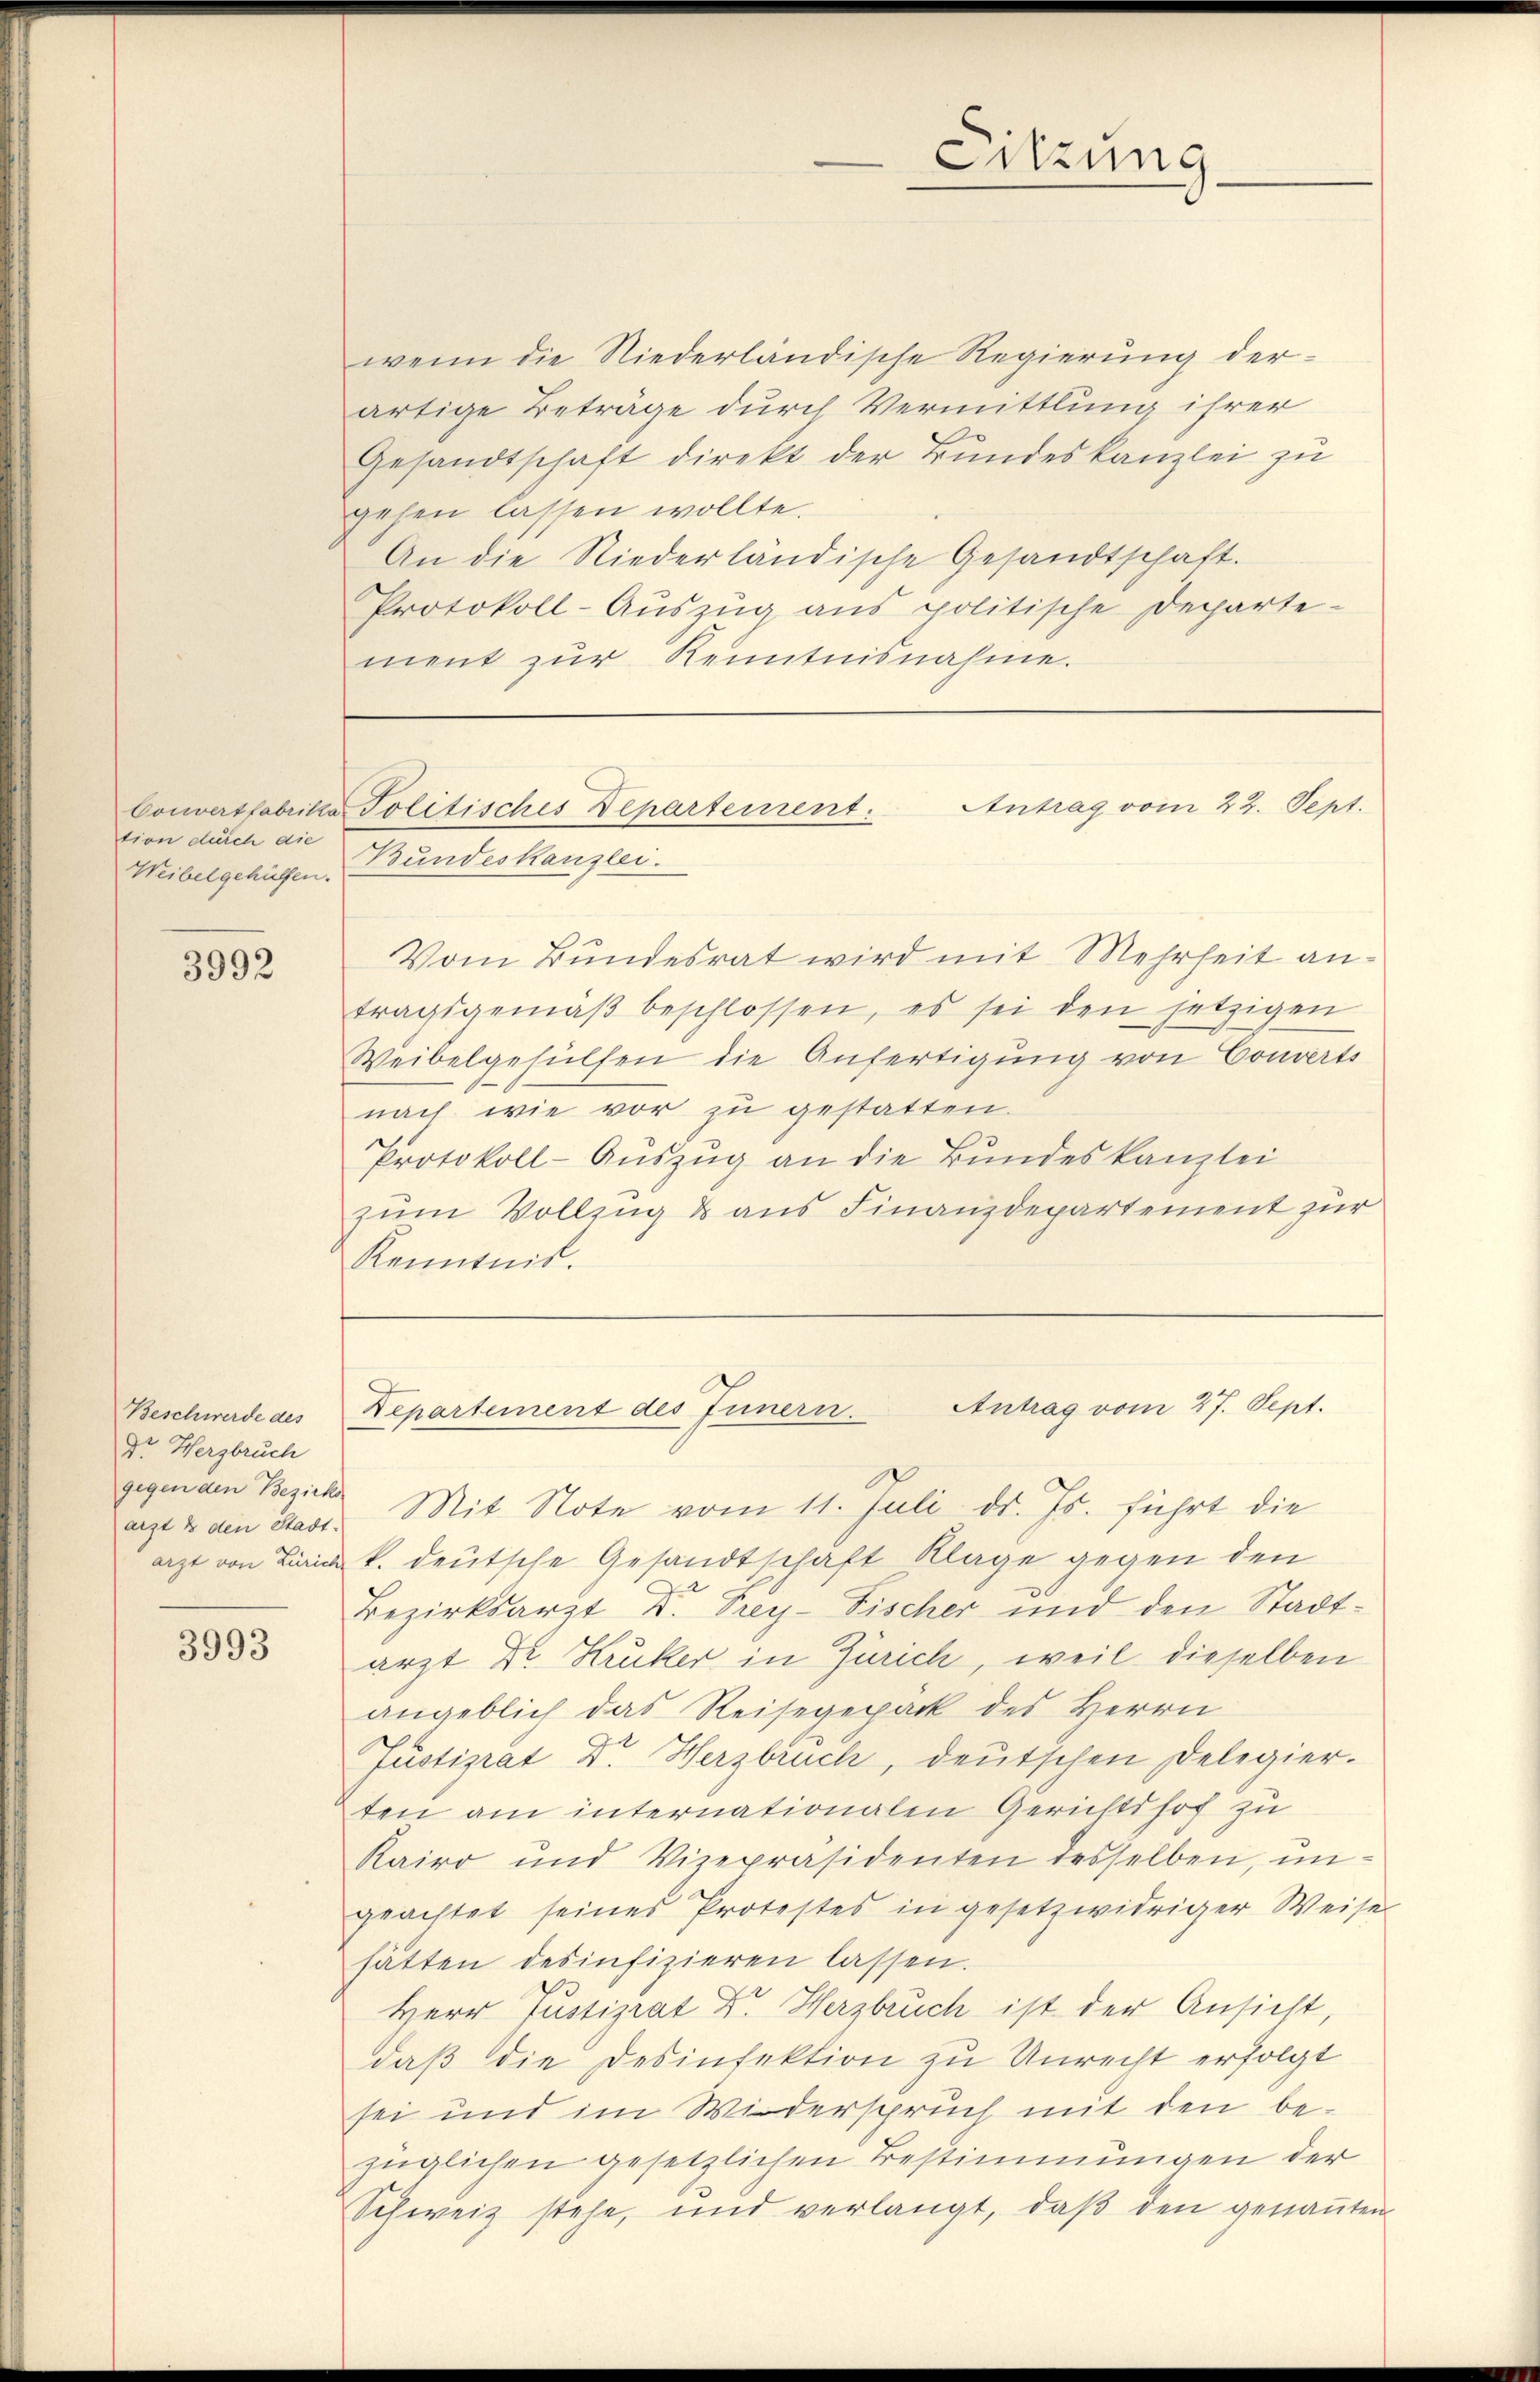
tion durch die
Weibelgehülfen.

3992

Beschwerde des
Dr. Herzbruch
gegen den Bezirks

3993

wenn die Niederländische Regierung der-
artige Beträge durch Vermittlung ihrer
Gesandtschaft direkt der Bundeskanzlei zu
gehen lassen wollte.
An die Niederländische Gesandtschaft.
Protokoll-Aŭszŭg ans politische Departe-
ment zur Kenntnisnahme.

Sitzung

Vom Bundesrat wird mit Mehrheit antragsgemäβ beschlossen, es sei den jetzigen
Weibelgesuchen die Anfertigung von Converts
nach wie vor zu gestatten.
Protokoll-Auszug an die Bundeskanzlei
zum Vollzug & aus Finanzdepartement zur
Kenntnis.

Antrag vom 22. Sept.
Couvertfabrika Politisches Departement.
Bundeskanzlei.

aigt & den Stadt Mit Note vom 11. Juli d. Js. führt die
azt von Lick. deutsche Gesandtschaft Klage gegen den
Bezirksarzt Dr. Frey- Fischer und den Stadtarzt Dr. Hruker in Zürich, weil dieselben
angeblich das Reisegepack des Herrn
Justizrat Dr. Herzbruch, deutschen Delegierten am internationalen Gerichtshof zu
Kairo und Vizepräsidenten desselben, ungeachtet seines Protestes in gesetzwidriger Weises
hätten desinfizieren lassen.
Herr Justizrat Dr. Herzbruch ist der Ansicht,
daß die Desinfektion zu Unrecht erfolgt
sei und im Widerspruch mit den bezüglichen gesetzlichen Bestimmungen der
Schweiz stehe, und verlangt, daβ den genaṅten

Departement des Innern. Antrag vom 27. Sept.